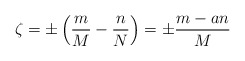
\begin{align*}\zeta = \pm \left( \frac{m}{M} - \frac{n}{N}\right) = \pm \frac{m - an}{M}\end{align*}